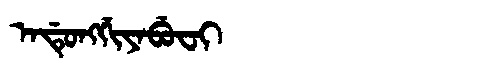
Manchu: ᠠᡩᡠᠩᡤᡳᠶᠠᠪᡠᠸᡳ
Romanization: ADUNGGIYABUFI